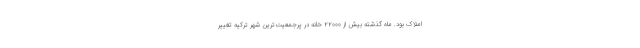
املاک بود. ماه گذشته بیش از ۲۲۰۰۰ خانه در پرجمعیت‌ترین شهر ترکیه تغییر